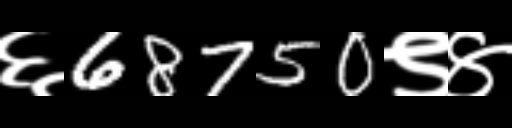
Text: ६68750९४